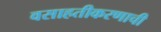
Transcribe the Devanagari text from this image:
वसाहतीकरणाची